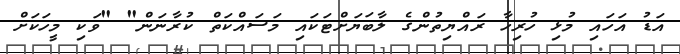
އަޑު އަހައި މުޅި ހުރިހާ ރައްޔިތުންގެ ލާބަޔަށްޓަކައި މަސައްކަތް ކުރާނަން" "ވަކި މީހަކަށް